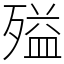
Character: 㱲